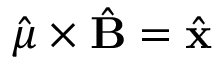
\hat { \boldsymbol { \mu } } \times \hat { \mathbf { B } } = \hat { \mathbf { x } }